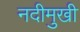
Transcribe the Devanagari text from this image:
नदीमुखी